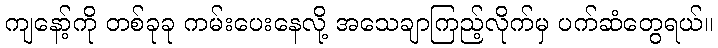
ကျနော့်ကို တစ်ခုခု ကမ်းပေးနေလို့ အသေချာကြည့်လိုက်မှ ပက်ဆံတွေရယ်။